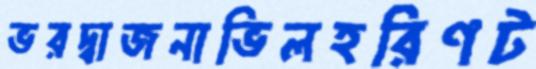
ভরদ্বাজনাভিলহরিণট